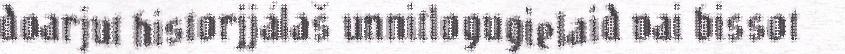
doarjut historjjálaš unnitlogugielaid vai bissot